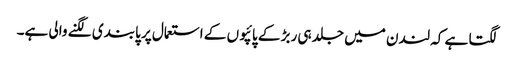
لگتا ہے کہ لندن میں جلد ہی ربڑ کے پائپوں کے استعمال پر پابندی لگنے والی ہے۔